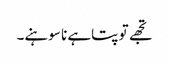
تجھے تو پتاہے نا سوہنے۔